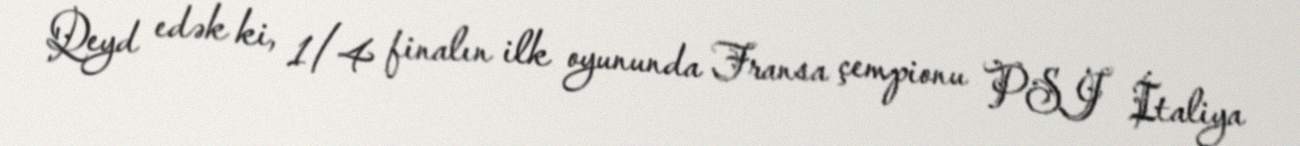
Qeyd edək ki, 1/4 finalın ilk oyununda Fransa çempionu PSJ İtaliya